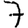
Digit: 7